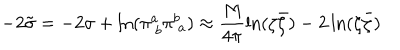
LaTeX: - 2 \tilde { \sigma } = - 2 \sigma + \ln ( \pi _ { ~ b } ^ { a } \pi _ { ~ a } ^ { b } ) \approx \frac { M } { 4 \pi } \ln ( \zeta \bar { \zeta } ) - 2 \ln ( \zeta \bar { \zeta } )